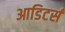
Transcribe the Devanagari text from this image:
आडिटर्स